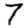
Digit: 7